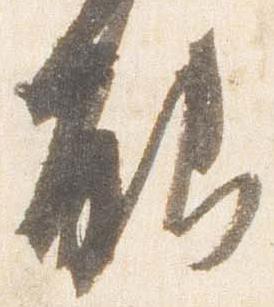
能